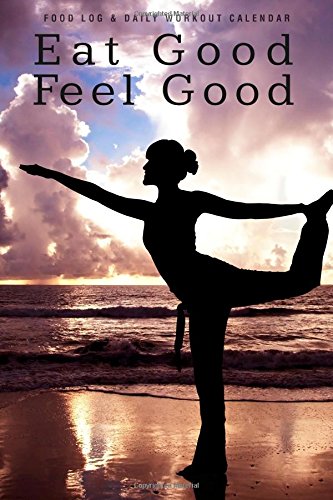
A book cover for Food Log & Daily Workout Calendar: Eat Good Feel Good; Chiquita Publishing; Calendars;